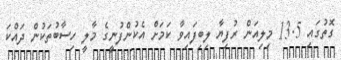
ގޮތުގައި 13.5 މިލިއަން ރުފިޔާ ލިބިފައިވާ ކަމަށް އެކުންފުނީގެ މާލީ ހިސާބުތަކުން ދައްކަ